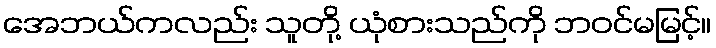
အေဘယ်ကလည်း သူတို့ ယုံစားသည်ကို ဘဝင်မမြင့်။